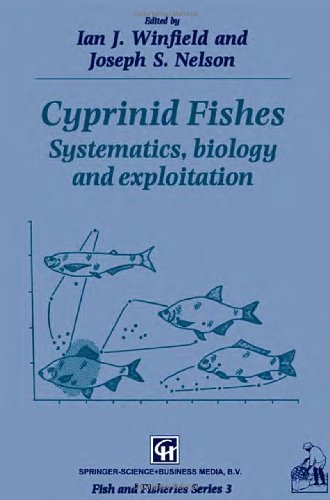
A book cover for Cyprinid Fishes: Systematics, biology and exploitation (Fish & Fisheries Series); Sports & Outdoors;